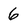
Character: 6